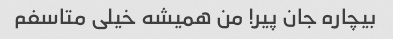
بیچاره جان پیر! من همیشه خیلی متاسفم